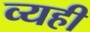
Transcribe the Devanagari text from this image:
व्यही